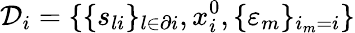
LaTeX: \mathcal{D}_{i}=\{ \{ s_{li}\} _{l\in\partial i},x_{i}^{0},\{ \varepsilon_{m}\} _{i_{m}=i}\}